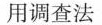
用调查法